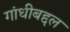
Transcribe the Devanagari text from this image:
गांधीबद्दल